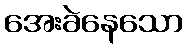
အေးခဲနေသော